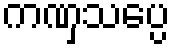
ကဏှသပ္ပေ